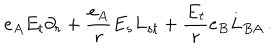
LaTeX: e _ { A } E _ { t } \partial _ { r } + \frac { e _ { A } } { r } E _ { s } L _ { s t } + \frac { E _ { t } } { r } e _ { B } L _ { B A } \, .